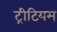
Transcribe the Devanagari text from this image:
ट्रीटियम